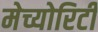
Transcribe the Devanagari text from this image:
मेच्योरिटी